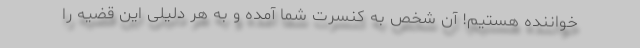
خواننده هستیم! آن شخص به کنسرت شما آمده و به هر دلیلی این قضیه را